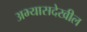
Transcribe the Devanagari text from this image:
अभ्यासदेखील